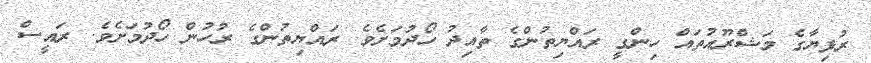
ރުފިޔާގެ މަޝްރޫއުތައް ހިންގީ ރައްޔިތުންގެ ތާއިދު ހޯދުމަށެވެ. ރައްޔިތުންގެ ރުހުން ހޯދުމަށެވެ. ރައީސް